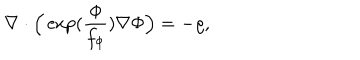
\nabla \cdot \Big ( \exp ( \frac { \phi } { f _ { \phi } } ) \nabla \Phi \Big ) = - \varrho ,